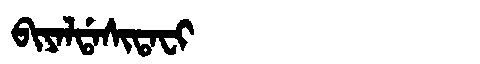
Manchu: ᠪᡳᠶᠠᠯᡩᠠᠰᡳᡨᠠᠸᡳ
Romanization: BIYALDASITAFI